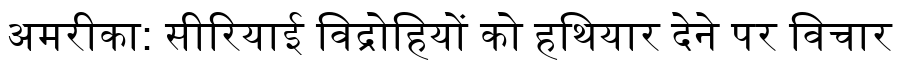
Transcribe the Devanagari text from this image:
अमरीका: सीरियाई विद्रोहियों को हथियार देने पर विचार